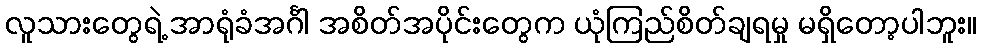
လူသားတွေရဲ့ အာရုံခံအင်္ဂါ အစိတ်အပိုင်းတွေက ယုံကြည်စိတ်ချရမှု မရှိတော့ပါဘူး။